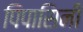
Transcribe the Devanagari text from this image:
पिपासिनी